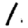
Digit: 1